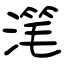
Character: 滗